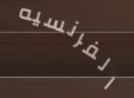
الفرنسيه